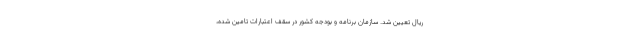
ریال تعیین شد. سازمان برنامه و بودجه کشور در سقف اعتبارات تامین شده،